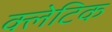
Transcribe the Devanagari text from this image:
क्लेटिक